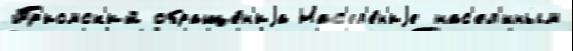
Пр'иомск'ий обраще́н'иjа Нас'ел'е́н'иjе нас'ел'́нным